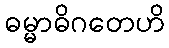
ဓမ္မာဓိဂတေဟိ